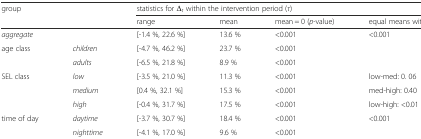
| <ROWSPAN=2-COLSPAN=2> group | <COLSPAN=4> statistics for Δt within the intervention period (τ) |
 | range | mean | mean = 0 (p-value) | equal means within class (p - value) |
 | --- | --- | --- | --- | --- | --- |
 | <COLSPAN=2> aggregate | [-1.4 %, 22.6 %] | 13.6 % | <0.001 | <ROWSPAN=3> <0.001 |
 | <ROWSPAN=2> age class | children | [-4.7 %, 46.2 %] | 23.7 % | <0.001 |
 | adults | [-6.5 %, 21.8 %] | 8.9 % | <0.001 |
 | <ROWSPAN=3> SEL class | low | [-3.5 %, 21.0 %] | 11.3 % | <0.001 | low-med: 0. 06 |
 | medium | [0.4 %, 32.1 %] | 15.3 % | <0.001 | med-high: 0.40 |
 | high | [-0.4 %, 31.7 %] | 17.5 % | <0.001 | low-high: <0.01 |
 | <ROWSPAN=2> time of day | daytime | [-3.7 %, 30.7 %] | 18.4 % | <0.001 | <ROWSPAN=2> <0.001 |
 | nighttime | [-4.1 %, 17.0 %] | 9.6 % | <0.001 |